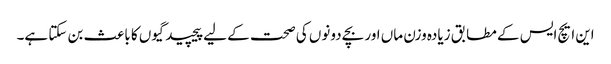
این ایچ ایس کے مطابق زیادہ وزن ماں اور بچے دونوں کی صحت کے لیے پیچید گیوں کا باعث بن سکتا ہے۔